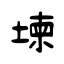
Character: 堜